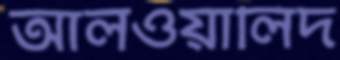
আলওয়ালিদ